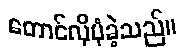
တောင်လိုပုံခဲ့သည်။